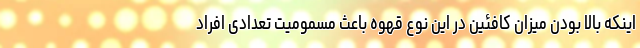
اینکه بالا بودن میزان کافئین در این نوع قهوه باعث مسمومیت تعدادی افراد